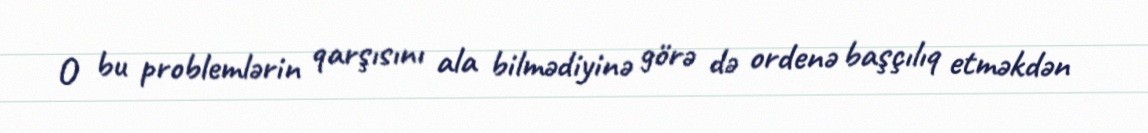
O bu problemlərin qarşısını ala bilmədiyinə görə də ordenə başçılıq etməkdən